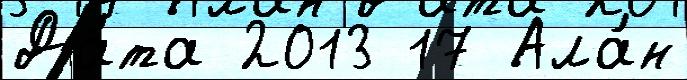
Да́та 2013 17 Ала́н